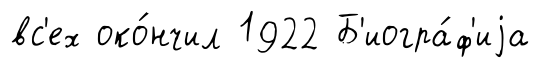
вс'ех око́нчил 1922 Б'иогра́ф'иjа